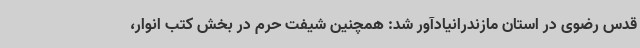
قدس رضوی در استان مازندرانیادآور شد: همچنین شیفت حرم در بخش کتب انوار،